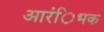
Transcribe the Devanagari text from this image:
आरंिभक